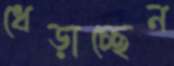
ধেড়াচ্ছেন